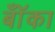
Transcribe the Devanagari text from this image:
बॉँका